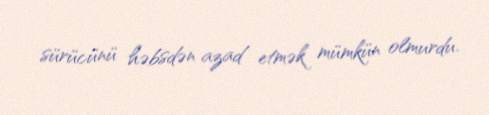
sürücünü həbsdən azad etmək mümkün olmurdu.